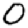
Digit: 0